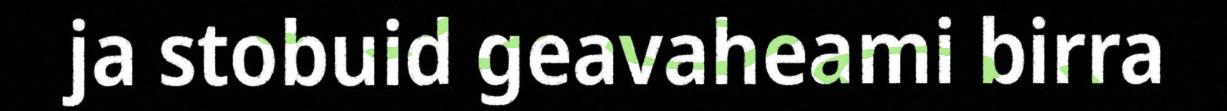
ja stobuid geavaheami birra